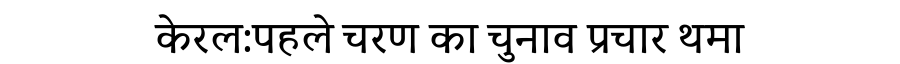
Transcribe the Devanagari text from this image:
केरल:पहले चरण का चुनाव प्रचार थमा